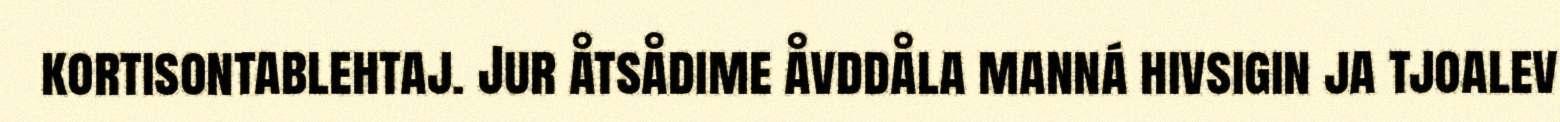
kortisontablehtaj. Jur åtsådime åvddåla manná hivsigin ja tjoalev